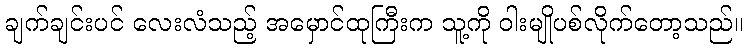
ချက်ချင်းပင် လေးလံသည့် အမှောင်ထုကြီးက သူ့ကို ဝါးမျိုပစ်လိုက်တော့သည်။